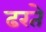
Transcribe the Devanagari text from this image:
ढरते